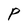
Character: P